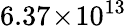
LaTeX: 6.37\! \times\! 10^{13}